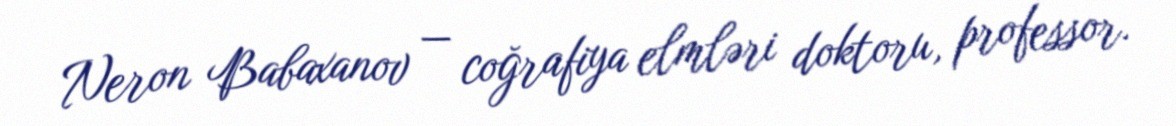
Neron Babaxanov — coğrafiya elmləri doktoru, professor.